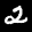
Label: 2